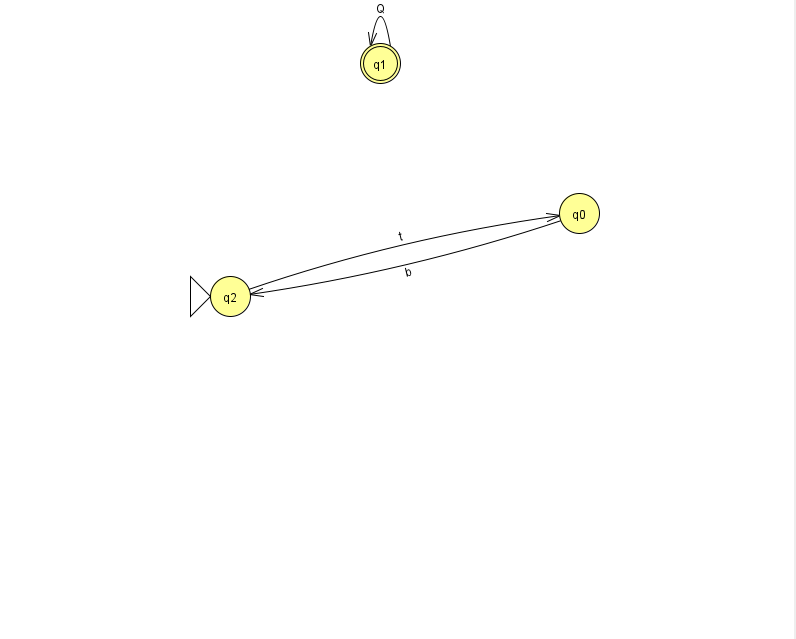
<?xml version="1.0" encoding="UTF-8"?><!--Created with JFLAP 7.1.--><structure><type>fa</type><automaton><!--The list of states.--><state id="0" name="q0"><x>579.0</x><y>200.0</y></state><state id="1" name="q1"><x>380.0</x><y>50.0</y><final/></state><state id="2" name="q2"><x>230.0</x><y>283.0</y><initial/></state><!--The list of transitions.--><transition><from>1</from><to>1</to><read>Q</read></transition><transition><from>0</from><to>2</to><read>b</read></transition><transition><from>2</from><to>0</to><read>t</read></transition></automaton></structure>